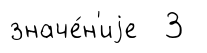
значе́н'иjе 3